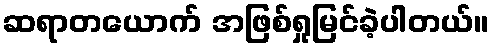
ဆရာတယောက် အဖြစ်ရှုမြင်ခဲ့ပါတယ်။